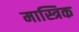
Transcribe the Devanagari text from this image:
मास्त्रिक